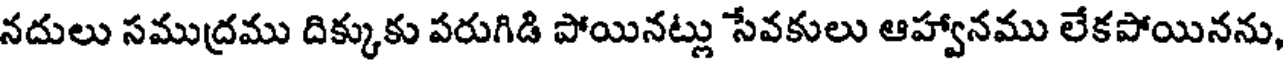
నదులు సముద్రము దిక్కుకు పరుగిడి పోయినట్లు సేవకులు ఆహ్వానము లేకపోయినను,